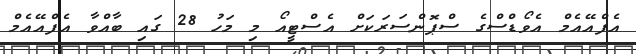
އެފްއޭއެމް އެވޯޑްސްގެ ސްޕޮންސަރަކަށް އެސްޓީއޯ މި މަހު 28 ގައި ބާއްވާ އެފްއޭއެމް